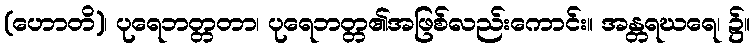
(ဟောတိ)၊ ပုရေဘတ္တတာ၊ ပုရေဘတ္တ၏အဖြစ်လည်းကောင်း။ အန္တရဃရေ၊ ၌။